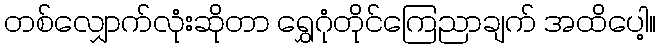
တစ်လျှောက်လုံးဆိုတာ ရွှေဂုံတိုင်ကြေညာချက် အထိပေါ့။